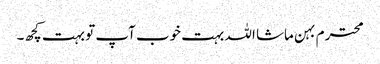
محترم بہن ماشا اللہ بہت خوب آپ تو بہت کچھ۔